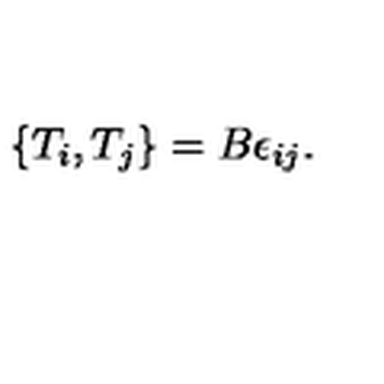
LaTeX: \{ T _ { i } , T _ { j } \} = B \epsilon _ { i j } .